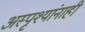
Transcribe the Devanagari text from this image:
अस्पृश्यांनाही